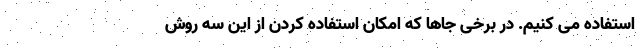
استفاده می کنیم. در برخی جاها که امکان استفاده کردن از این سه روش